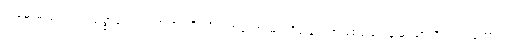
သမ္ဗောဓသုခဿ၊ သစ္စာလေးပါးတရားကို သိတတ်သော မဂ်ကိုရခြင်းငှာဖြစ်သော ချမ်းသာကိုလည်းကောင်း။